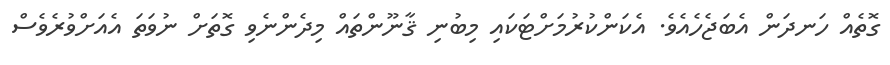
ގޮތެއް ހަނދަން އެބަޖެހެއެވެ. އެކަންކުރުމަށްޓަކައި މިބުނި ޤާނޫންތައް މިދެންނެވި ގޮތަށް ނުވަތަ އެއަށްވުރެވެސް